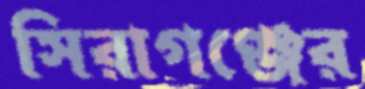
সিরাগঞ্জের